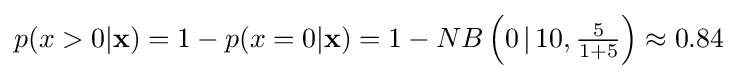
{\textstyle p(x>0|\mathbf {x} )=1-p(x=0|\mathbf {x} )=1-NB\left(0\,|\,10,{\frac {5}{1+5}}\right)\approx 0.84}